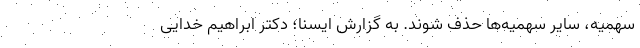
سهمیه، سایر سهمیه‌ها حذف شوند. به گزارش ایسنا؛ دکتر ابراهیم خدایی